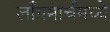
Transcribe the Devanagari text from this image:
लाँगमार्चमध्ये